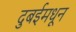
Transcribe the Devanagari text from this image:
दुबईमधून